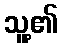
သူ့၏